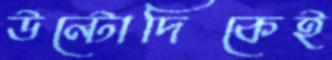
উল্টোদিকেই